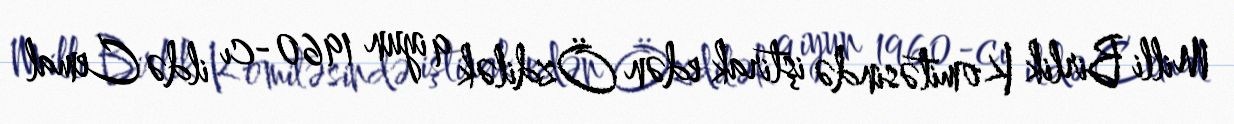
Milli Birlik Komitəsində iştirak edən Özdilək 9 iyun 1960-cı ildə Cemal